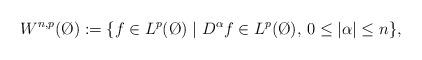
LaTeX: \begin{align*} W^{n,p}(\O) : = \{ f \in L^p (\O) \mid D^\alpha f \in L^p (\O), \, 0 \leq | \alpha | \leq n \},\end{align*}